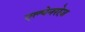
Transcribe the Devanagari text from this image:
एल्पेनरोज़